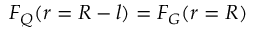
F _ { Q } ( r = R - l ) = F _ { G } ( r = R )